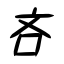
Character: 吝